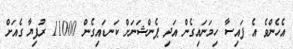
އެހެންވެ އެ ފައިސާ ހިމަނައިގެން އަދި ޕެންޝަނަށް ކަނޑައިގެން 11000 ރުފިޔާ ގެއަށް